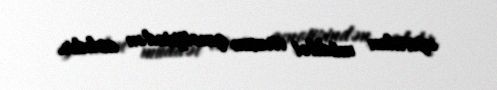
aparılan müddət virusun qenotipindən asılıdır.